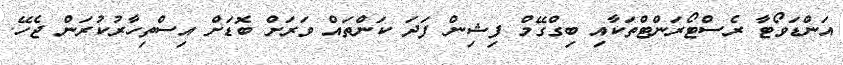
އަންޑަވޯޓާ ރެސްޓޯރަންޓްތަކާއި ބިގްގޭމް ފިޝިން ފަދަ ކަންތައް ވަރަށް ބޮޑަށް އިސްތިހާރުކުރަން ޖެހޭ.